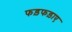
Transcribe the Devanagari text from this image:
फड़फड़ाए